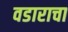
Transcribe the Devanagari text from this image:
वडाराचा